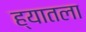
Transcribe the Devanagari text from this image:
ह्यातला